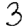
Digit: 3